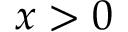
x > 0